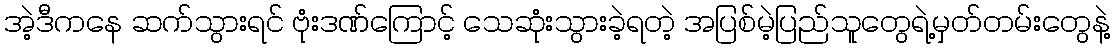
အဲ့ဒီကနေ ဆက်သွားရင် ဗုံးဒဏ်ကြောင့် သေဆုံးသွားခဲ့ရတဲ့ အပြစ်မဲ့ပြည်သူတွေရဲ့မှတ်တမ်းတွေနဲ့